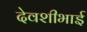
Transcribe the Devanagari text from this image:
देवशीभाई